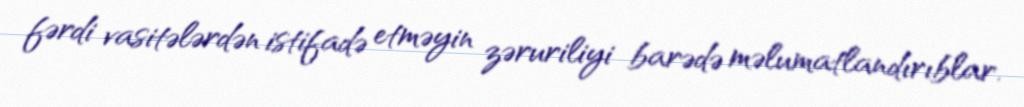
fərdi vasitələrdən istifadə etməyin zəruriliyi barədə məlumatlandırıblar.